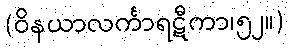
(ဝိနယာလင်္ကာရဋီကာ၊၅၂။)